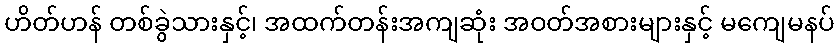
ဟိတ်ဟန် တစ်ခွဲသားနှင့်၊ အထက်တန်းအကျဆုံး အဝတ်အစားများနှင့် မကျေမနပ်